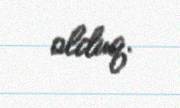
olduq.